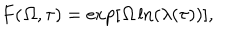
LaTeX: F ( { \mit \Omega } , \tau ) = \exp [ { \mit \Omega } \ln ( \lambda ( \tau ) ) ] ,